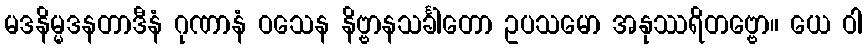
မဒနိမ္မဒနတာဒီနံ ဂုဏာနံ ဝသေန နိဗ္ဗာနသင်္ခါတော ဥပသမော အနုဿရိတဗ္ဗော။ ယေ ဝါ